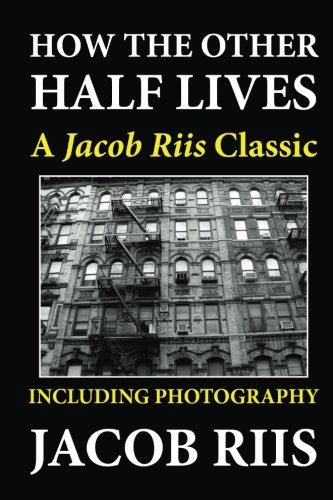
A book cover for How the Other Half Lives: A Jacob Riis Classic (Including Photography); Jacob Riis; Politics & Social Sciences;